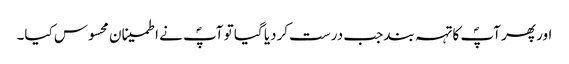
اور پھر آپؐ کا تہہ بند جب درست کردیا گیا تو آپؐ نے اطمینان محسوس کیا۔